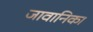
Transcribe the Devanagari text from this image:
जावानिका